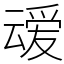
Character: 叆